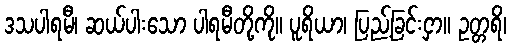
ဒသပါရမီ၊ ဆယ်ပါးသော ပါရမီတို့ကို။ ပူရိယာ၊ ပြည့်ခြင်းငှာ။ ဥတ္တရိ၊